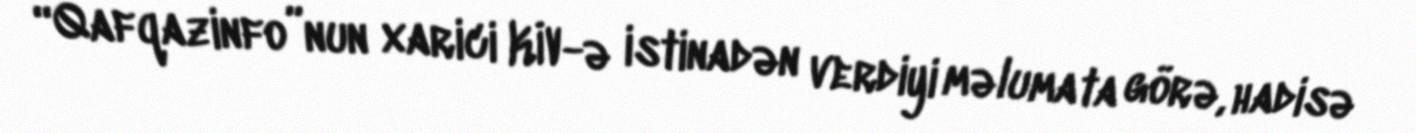
“Qafqazinfo”nun xarici KİV-ə istinadən verdiyi məlumata görə, hadisə